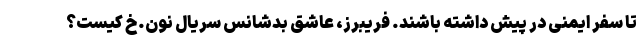
تا سفر ایمنی در پیش داشته باشند. فریبرز، عاشق بدشانس سریال نون.خ کیست؟